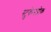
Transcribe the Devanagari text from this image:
स्टुकेनब्रोक